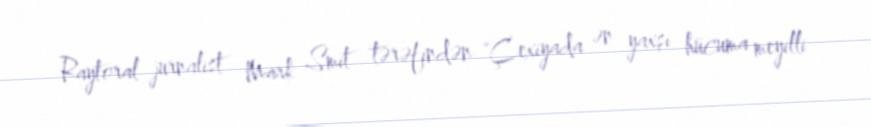
Raytoral jurnalist Mark Smit tərəfindən "Çexiyada ən yaxşı hücuma meyilli